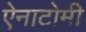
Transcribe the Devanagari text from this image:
ऐनाटोमी